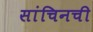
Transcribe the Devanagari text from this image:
सांचिनची